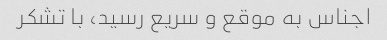
اجناس به موقع و سریع رسید، با تشکر